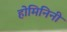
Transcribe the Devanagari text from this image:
होमिनिनी